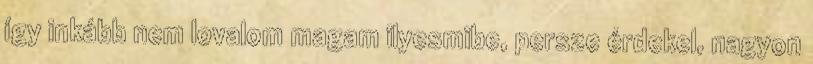
így inkább nem lovalom magam ilyesmibe, persze érdekel, nagyon